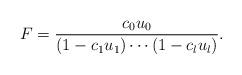
LaTeX: \begin{align*} F = \frac{c_0 u_0}{(1-c_1u_1)\cdots (1-c_l u_l)}. \end{align*}